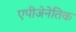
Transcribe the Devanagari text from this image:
एपीजेनेतिक